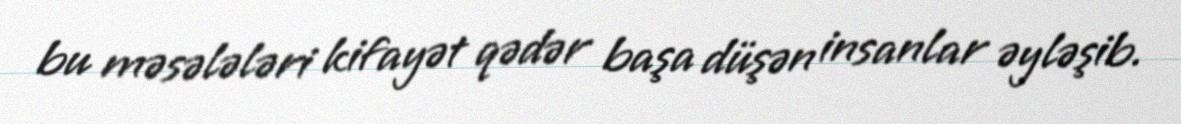
bu məsələləri kifayət qədər başa düşən insanlar əyləşib.